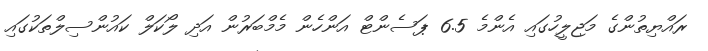
ރައްޔިތުންގެ މަޖިލީހުގައި އެންމެ 6.5 ޕަސެންޓް އަންހެން މެމްބަރުން އަދި ލޯކަލް ކައުންސިލްތަކުގައި